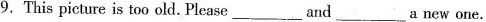
9.This picture is too old. Please___and___a new one.